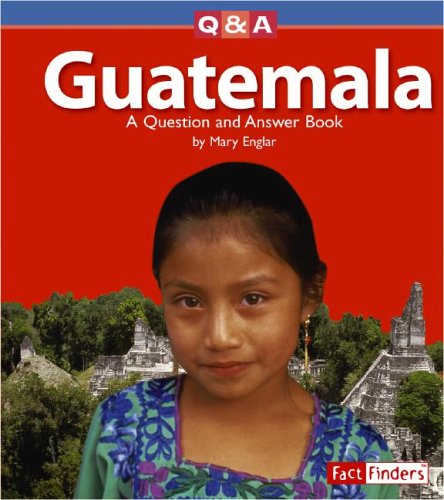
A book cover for Guatemala: A Question and Answer Book (Questions and Answers: Countries); Mary Englar; Children's Books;